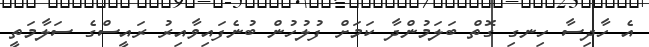
އެ ހާދިސާ ހިނގި ގޮތް ބަލަމުންދާ ކަމަށް ފުލުހުން ބުނެފައިވާއިރު ރައީސްގެ ސަލާމަތީ